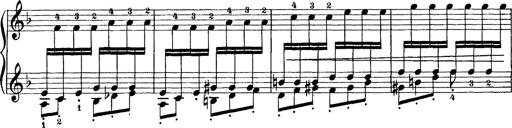
Title: Scherzo und Marsch
Composer: Franz Liszt